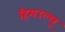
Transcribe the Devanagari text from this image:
हिमउल्लू